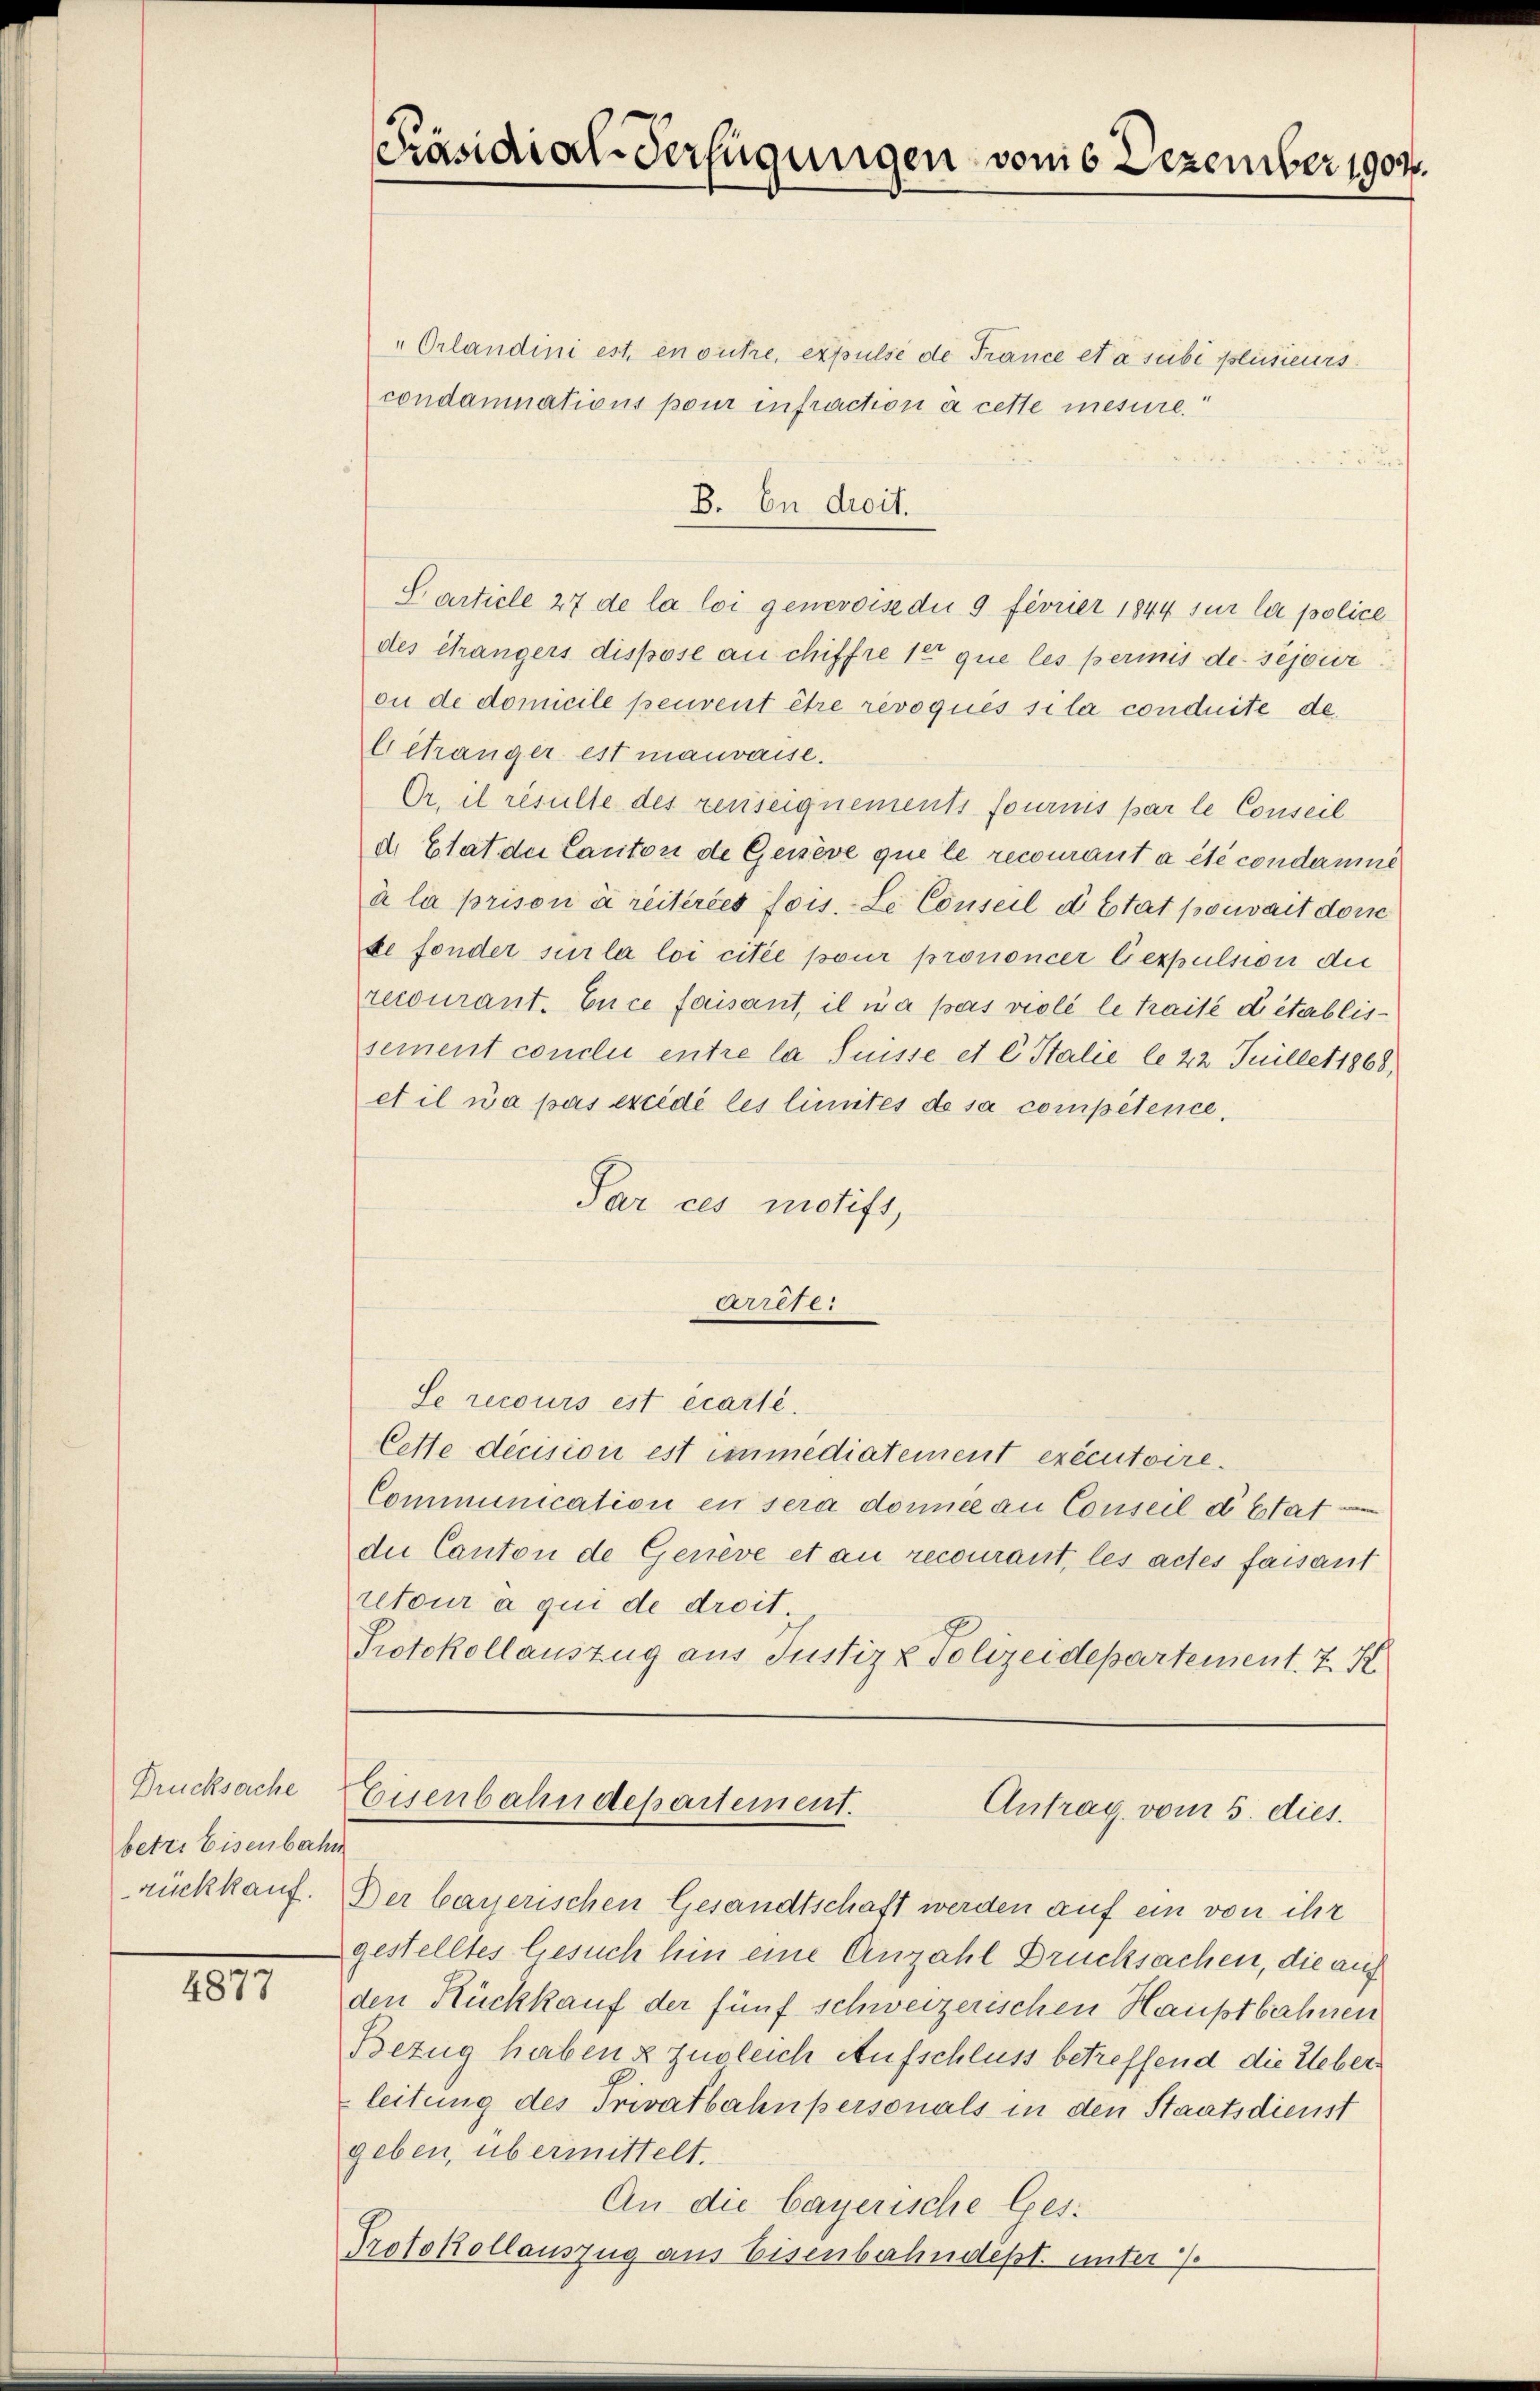
Drucksache
betri Eisenbahn
rückkauf.

4877

Präsidial-Verfügungen vom 6 Dezember 1907.

"Orlandini est, en outre, expulse de France et a subi plusieurs.
condamnations pour infraction à cette mesure.“
B. In droit.
Carticle 27 de la loi genevoise die 9 février 1844 sur la police
des étrangers dispose au chiffre 1er que les perinis de séjouir
ou de domicile peuvent être révoqués sila conduite de
Echranger est mauvaise.
Or. il resulte des renseignements fournis par le Conseil
d. Etat der Canton de Genève que le recourant a été condarmine
à la prison à reiteries fois. Le Conseil d Etat pouvait donne
se fonder sur la loi citée pour prononcer Gexpulsion der
recourant. En ce faisant, il ma pas violé le traite di établissement conclu entre la Suisse et C. Stalie le 22 Juillet 1868,
et il n’a pas excédé les limites de sa compétence,
Par ces motift,
Arrefer
Se recours est écarté.
Cette decision est immediatement exécutoire.
Communication en sera donnel an Conseil d’Etat
die Canton de Geneve et au recourant, les actes faisant
tteur à qui de droit
Protokollauszug aus Justiz & Polizeidepartement. 7. X.

Eisenbahndepartement.
Antrag vom 5. dies.

Der bauerischen Gesandtschaft werden auf ein von ihr
gestelltes Gesuch hin eine Anzahl Drucksachen, die auf
den Rückkauf der fünf schweizerischen Hauptbahnen
Bezug haben & Zugleich Aufschluss betreffend die Ueberleitung des Privatbahnpersonals in den Staatsdienst
geben, übermittelt.
An die bayerische Ges.
Protokollauszug aus Eisenbahndept. unter /.